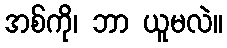
အစ်ကို၊ ဘာ ယူမလဲ။